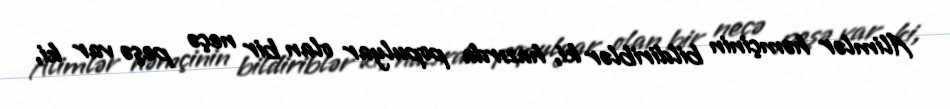
Alimlər həmçinin bildiriblər ki, hazırda populyar olan bir neçə peşə var ki,